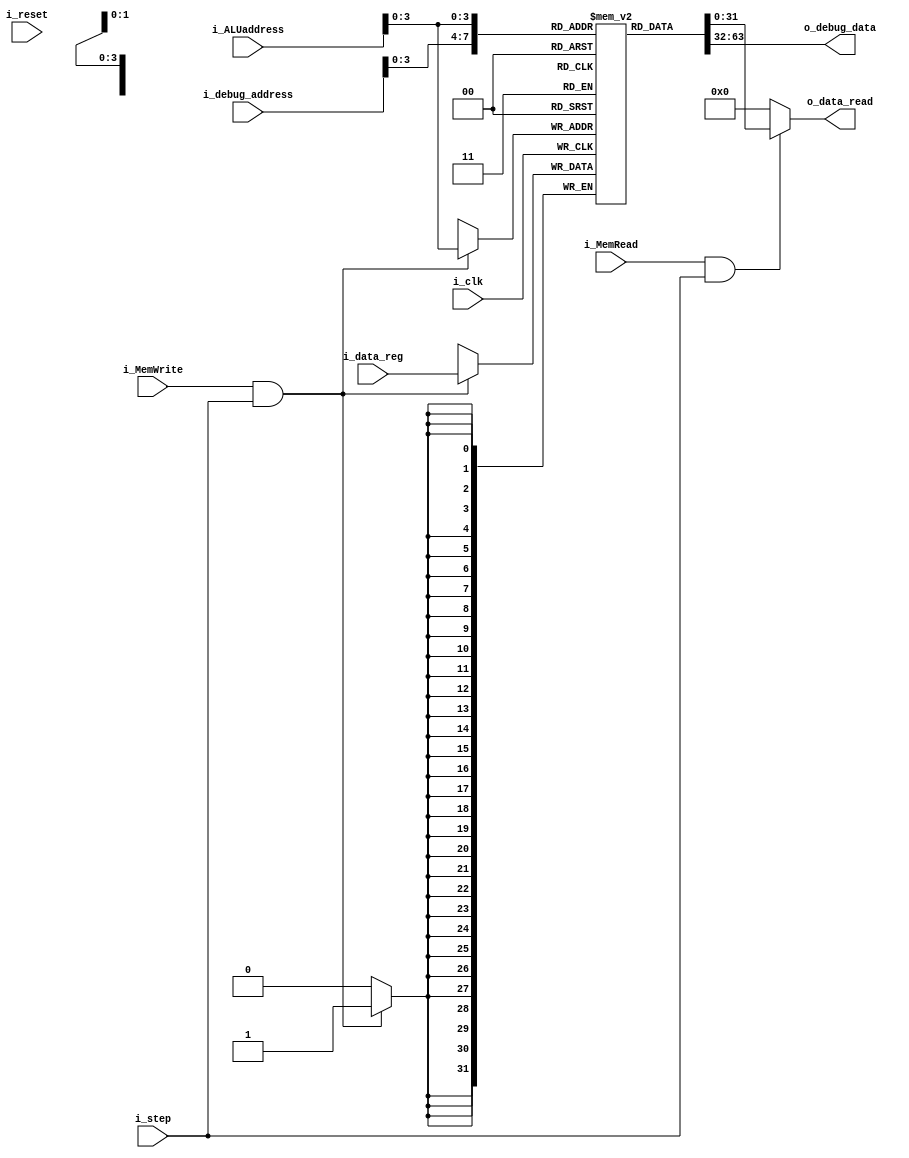
`timescale 1ns / 1ps

module Memory_Data
    #(
        parameter NBITS     = 32    ,
        parameter TAM       = 16
    )
    (
        input   wire                        i_clk,
        input   wire                        i_reset,
        input   wire                        i_step,
        input   wire    [NBITS-1    :0]     i_ALUaddress,
        input   wire    [NBITS-1    :0]     i_debug_address,
        input   wire    [NBITS-1    :0]     i_data_reg,
        input   wire                        i_MemRead,
        input   wire                        i_MemWrite,
        output  reg     [NBITS-1    :0]     o_data_read,
        output  reg     [NBITS-1    :0]     o_debug_data
    );
    
    reg     [NBITS-1  :0]     memory[TAM-1:0];

    integer i;
    
 
    always @(negedge i_clk)
    begin
        if(i_MemWrite & i_step) begin
            memory[i_ALUaddress]  <=  i_data_reg;
        end
    end

    //output

    initial 
    begin
        for (i = 0; i < TAM; i = i + 1) begin
                memory[i] <= i;
        end
        o_debug_data  <=  0;
    end
    
    always @(i_debug_address)
    begin
        o_debug_data  <=  memory[i_debug_address];
    end

    always @(*)
    begin
        if (i_MemRead & i_step) begin
            o_data_read    <=  memory[i_ALUaddress];
        end else begin
            o_data_read    <=  0;
        end
    end


endmodule